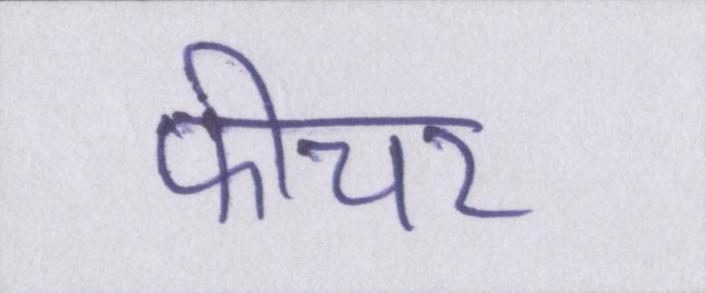
फीचर